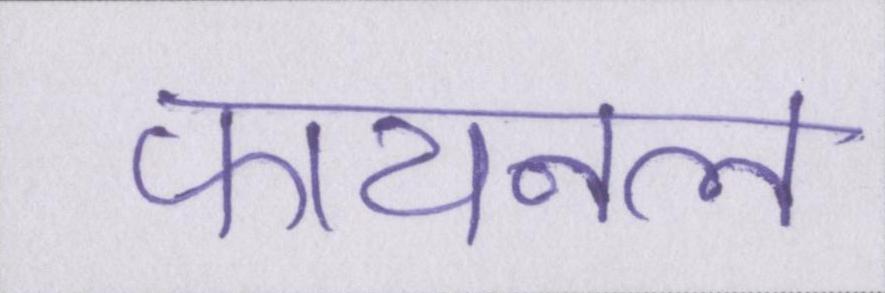
फायनल